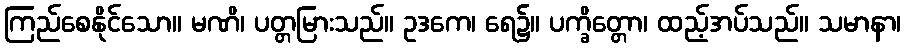
ကြည်စေနိုင်သော။ မဏိ၊ ပတ္တမြားသည်။ ဥဒကေ၊ ရေ၌။ ပက္ခိတ္တော၊ ထည့်အပ်သည်။ သမာနာ၊